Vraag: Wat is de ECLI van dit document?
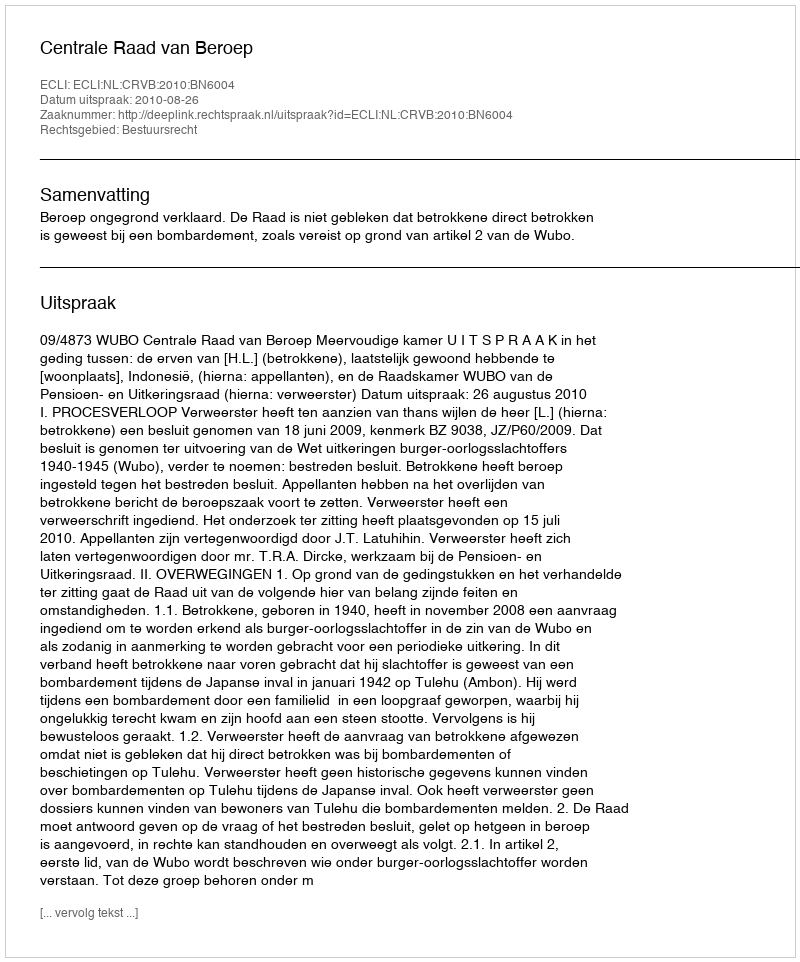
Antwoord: ECLI:NL:CRVB:2010:BN6004